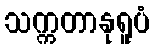
သက္ကတာနုရူပံ